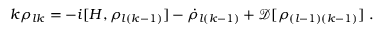
k \rho _ { l k } = - i [ H , \rho _ { l ( k - 1 ) } ] - \dot { \rho } _ { l ( k - 1 ) } + \mathcal { D } [ \rho _ { ( l - 1 ) ( k - 1 ) } ] \; .